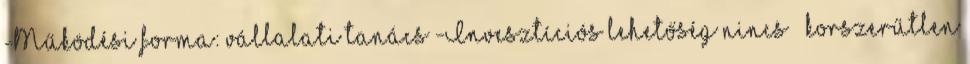
-Működési forma: vállalati tanács -Invesztíciós lehetőség nincs – korszerűtlen